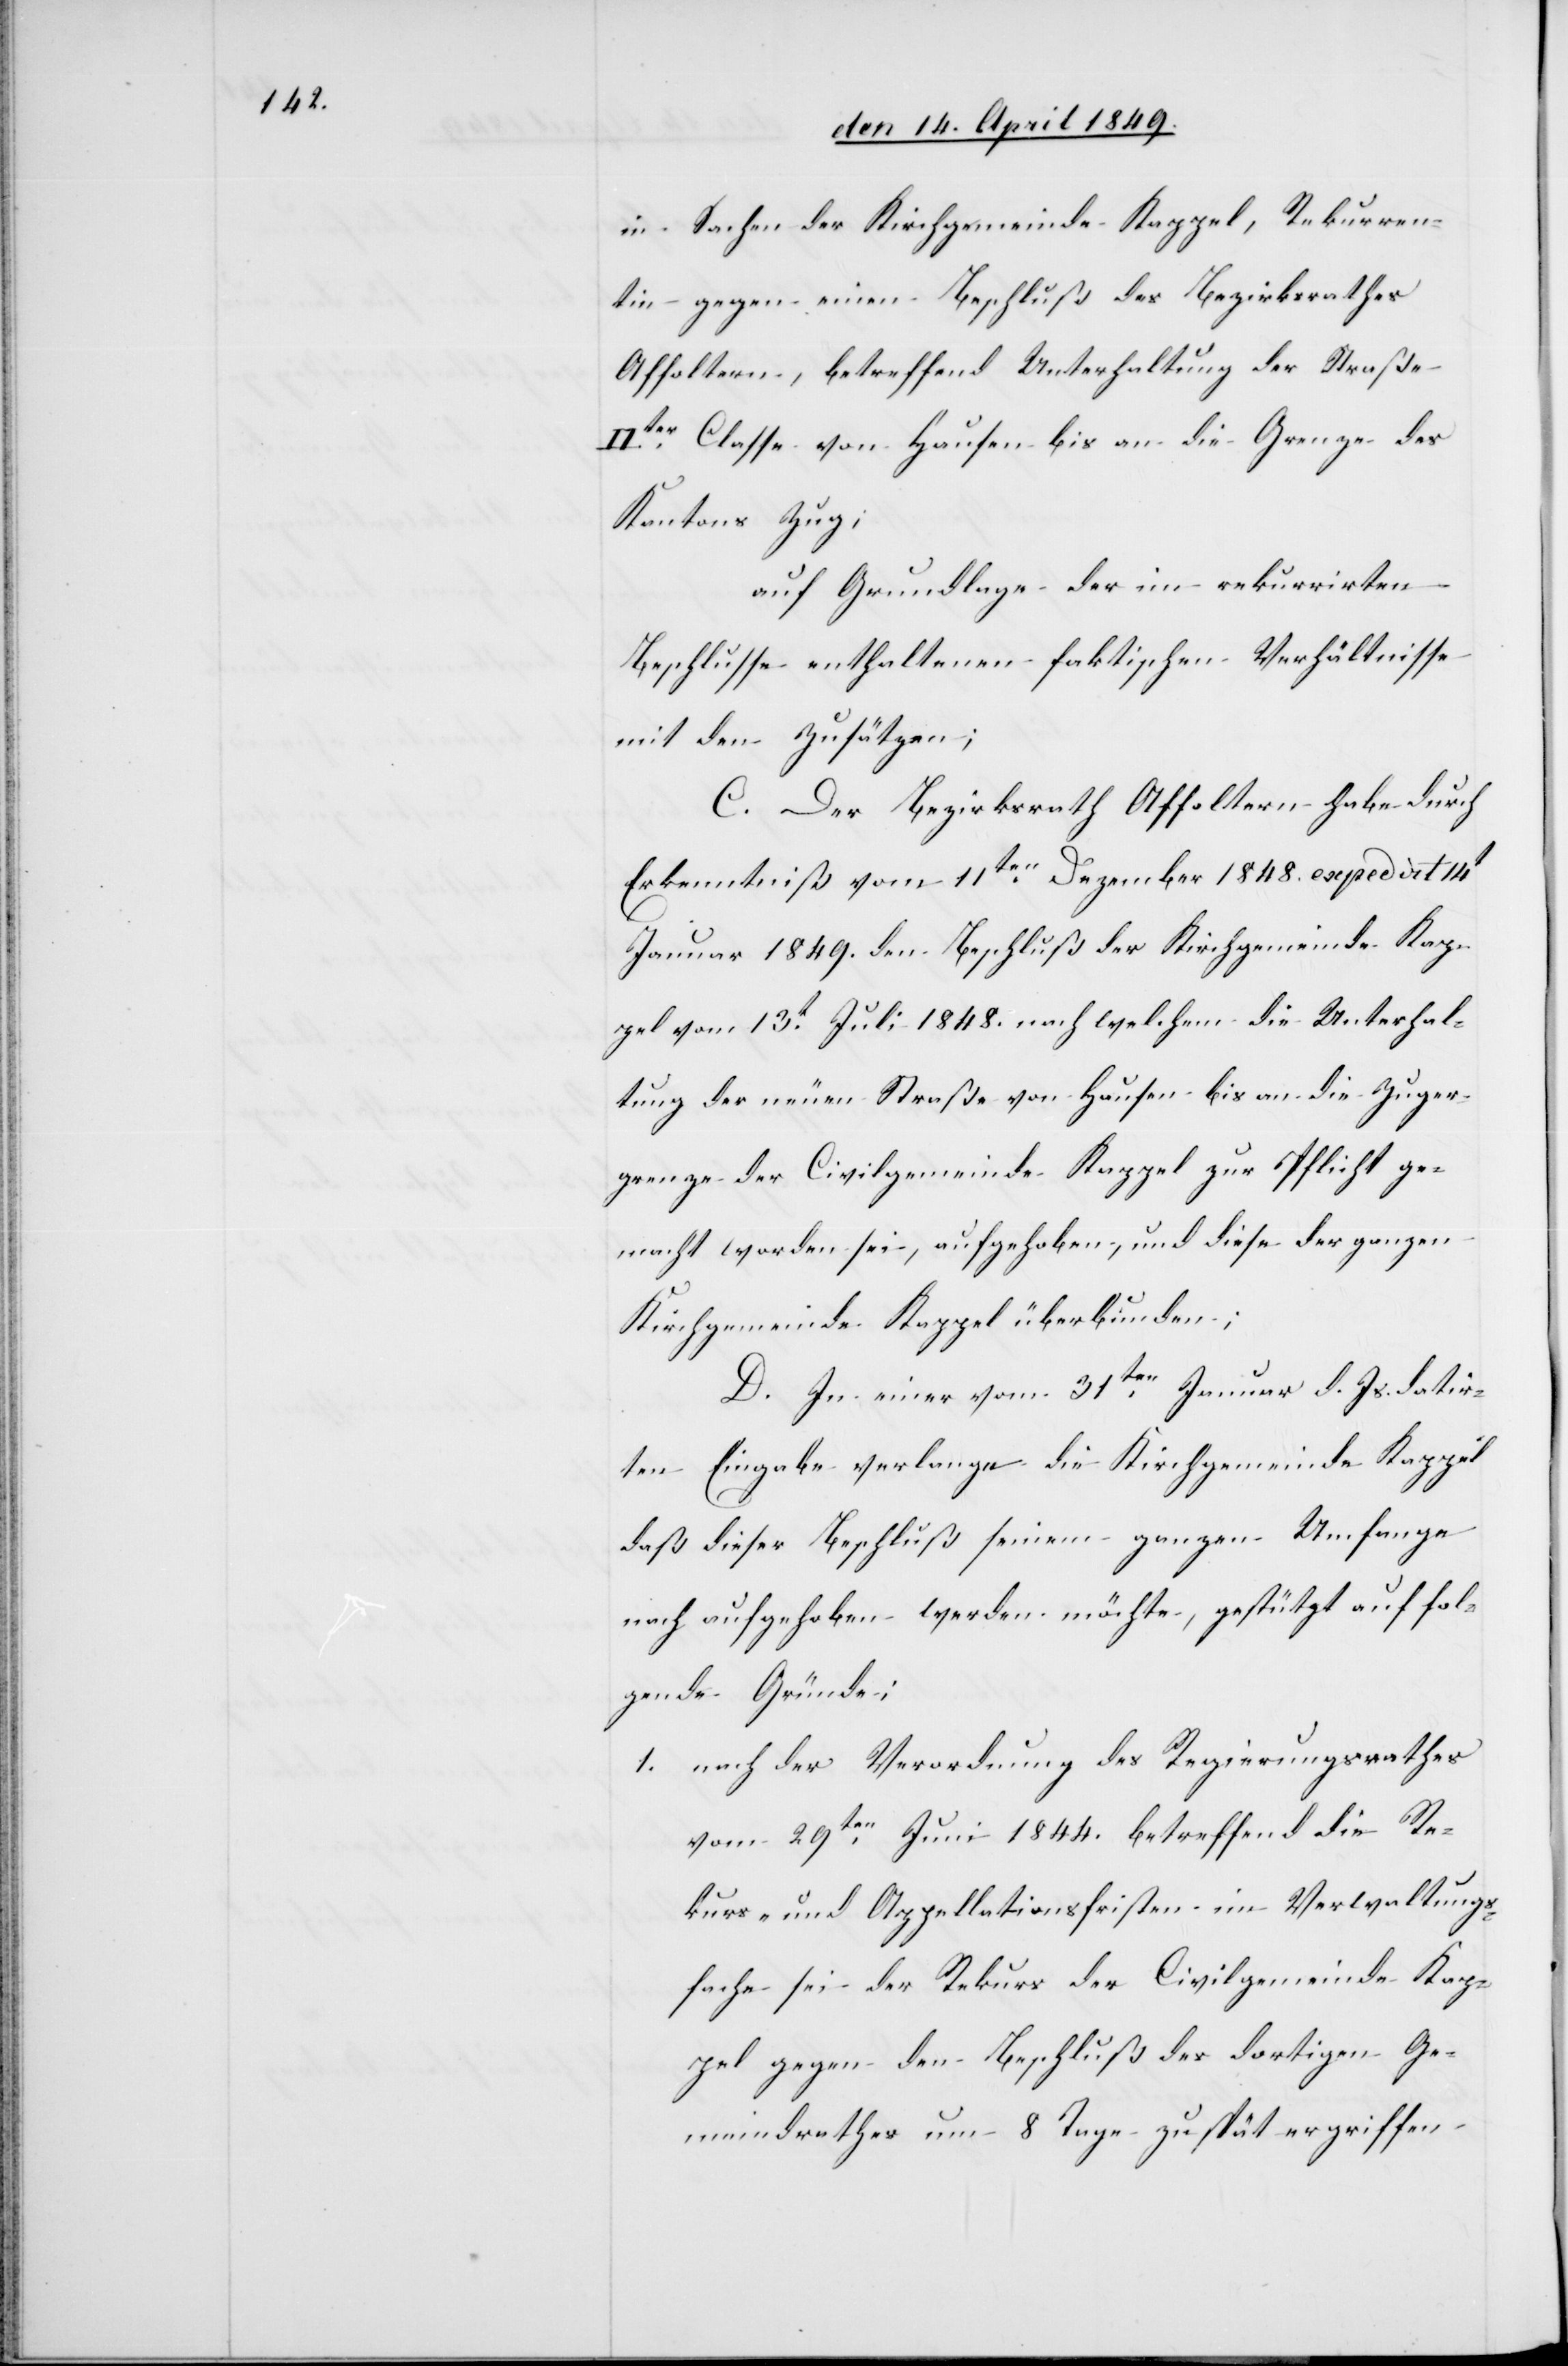
in Sachen der Kirchgemeinde Kappel, Rekurren¬
tin gegen einen Beschluß des Bezirksrathes
Affoltern, betreffend Unterhaltung der Straße
IIter Classe von Hausen bis an die Grenze des
Kantons Zug;
auf Grundlage der im rekurrirten
Beschlusse enthaltenen faktischen Verhältnisse
mit den Zusätzen;
C. Der Bezirksrath Affoltern habe durch
Erkenntniß vom 11ten Dezember 1848. expedat 14t
Januar 1849. den Beschluß der Kirchgemeinde Kap¬
pel vom 13t Juli 1848. nach welchem die Unterhal¬
tung der neuen Straße von Hausen bis an die Zuger¬
grenze der Civilgemeinde Kappel zur Pflicht ge¬
macht worden sei, aufgehoben, und diese der ganzen
Kirchgemeinde Kappel überbunden;
D. In einer vom 31ten Januar d. Js. datir¬
ten Eingabe verlange die Kirchgemeinde Kappel
daß dieser Beschluß seinem ganzen Umfange
nach aufgehoben werden möchte, gestützt auf fol¬
gende Gründe:
1. nach der Verordnung des Regierungsrathes
vom 29ten Juni 1844. betreffend die Re¬
kurs- und Appellationsfristen im Verwaltungs¬
fache sei der Rekurs der Civilgemeinde Kap¬
pel gegen den Beschluß des dortigen Ge¬
meindrathes um 8 Tage zu spät ergriffen